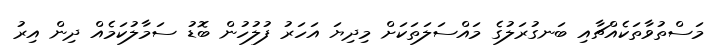
މަސްތުވާތަކެއްޗާއި ބަނގުރަލުގެ މައްސަލަތަކަށް މިދިޔަ އަހަރު ފުލުހުން ބޮޑު ސަމާލުކަމެއް ދިން އިރު